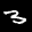
Label: 3